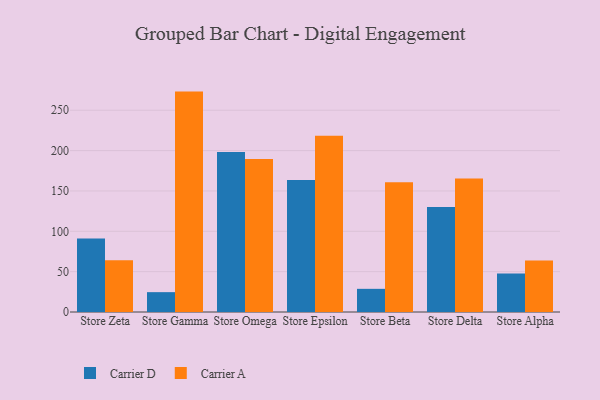
{"axis": {"x": "Store", "y": "Customer Acquisition Cost (USD)"}, "legend": ["Carrier A", "Carrier D"], "data": [{"x": "Store Zeta", "y": 91.2, "type": "Carrier D"}, {"x": "Store Zeta", "y": 64.1, "type": "Carrier A"}, {"x": "Store Gamma", "y": 24.6, "type": "Carrier D"}, {"x": "Store Gamma", "y": 273.1, "type": "Carrier A"}, {"x": "Store Omega", "y": 198.3, "type": "Carrier D"}, {"x": "Store Omega", "y": 189.6, "type": "Carrier A"}, {"x": "Store Epsilon", "y": 163.5, "type": "Carrier D"}, {"x": "Store Epsilon", "y": 218.5, "type": "Carrier A"}, {"x": "Store Beta", "y": 28.7, "type": "Carrier D"}, {"x": "Store Beta", "y": 160.7, "type": "Carrier A"}, {"x": "Store Delta", "y": 130.0, "type": "Carrier D"}, {"x": "Store Delta", "y": 165.3, "type": "Carrier A"}, {"x": "Store Alpha", "y": 47.6, "type": "Carrier D"}, {"x": "Store Alpha", "y": 63.9, "type": "Carrier A"}]}